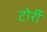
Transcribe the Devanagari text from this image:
टोर्री